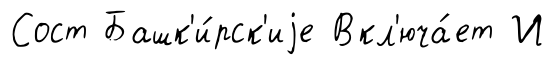
Сост Башк'и́рск'иjе Вкл'юча́ет И